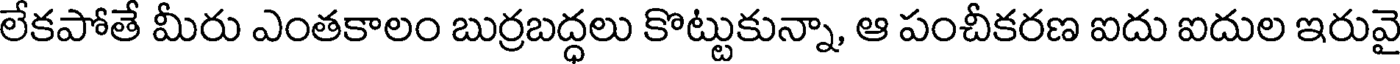
లేకపోతే మీరు ఎంతకాలం బుర్రబద్ధలు కొట్టుకున్నా, ఆ పంచీకరణ ఐదు ఐదుల ఇరువై